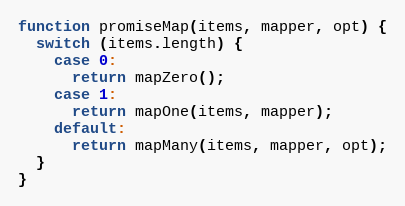
Language: JavaScript
function promiseMap(items, mapper, opt) {
  switch (items.length) {
    case 0:
      return mapZero();
    case 1:
      return mapOne(items, mapper);
    default:
      return mapMany(items, mapper, opt);
  }
}